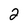
Character: 2